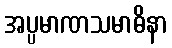
အပ္ပမာဏသမာဓိနာ